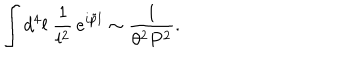
\int d ^ { 4 } l \; { \frac { 1 } { l ^ { 2 } } } \, e ^ { i \tilde { p } l } \sim { \frac { 1 } { \theta ^ { 2 } P ^ { 2 } } } .